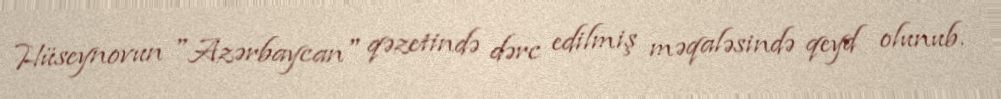
Hüseynovun "Azərbaycan" qəzetində dərc edilmiş məqaləsində qeyd olunub.